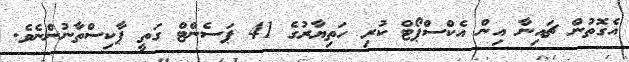
އެގޮތުން ޗައިނާ އިން އެކްސްޕޯޓް ކުރި ހަތިޔާރުގެ 41 ޕަސެންޓް ގަތީ ޕާކިސްތާނުންނެވެ.